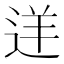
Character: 𨒫